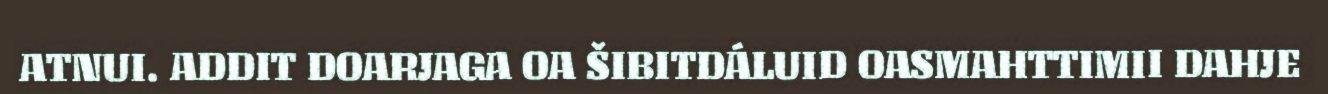
ATNUI. ADDIT DOARJAGA OA ŠIBITDÁLUID OASMAHTTIMII DAHJE